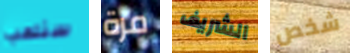
سنلعب مرة الشريف شخص